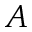
\boldsymbol { A }